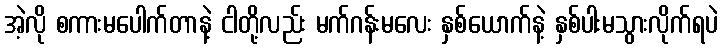
အဲ့လို စကားမပေါက်တာနဲ့ ငါတို့လည်း မက်ဂန်းမလေး နှစ်ယောက်နဲ့ နှစ်ပါးမသွားလိုက်ရပဲ